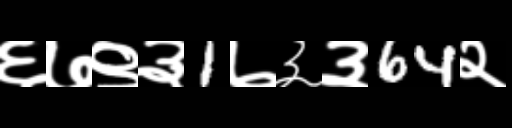
Text: ६७९३1७३३64२